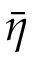
\bar { \eta }